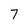
Character: 7